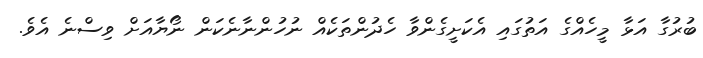
ބުރުގާ އަޅާ މީހެއްގެ އަތުގައި އެކަށީގެންވާ ހެދުންތަކެއް ނުހުންނާނެކަން ނޯޔާއަށް ވިސްނެ އެވެ.